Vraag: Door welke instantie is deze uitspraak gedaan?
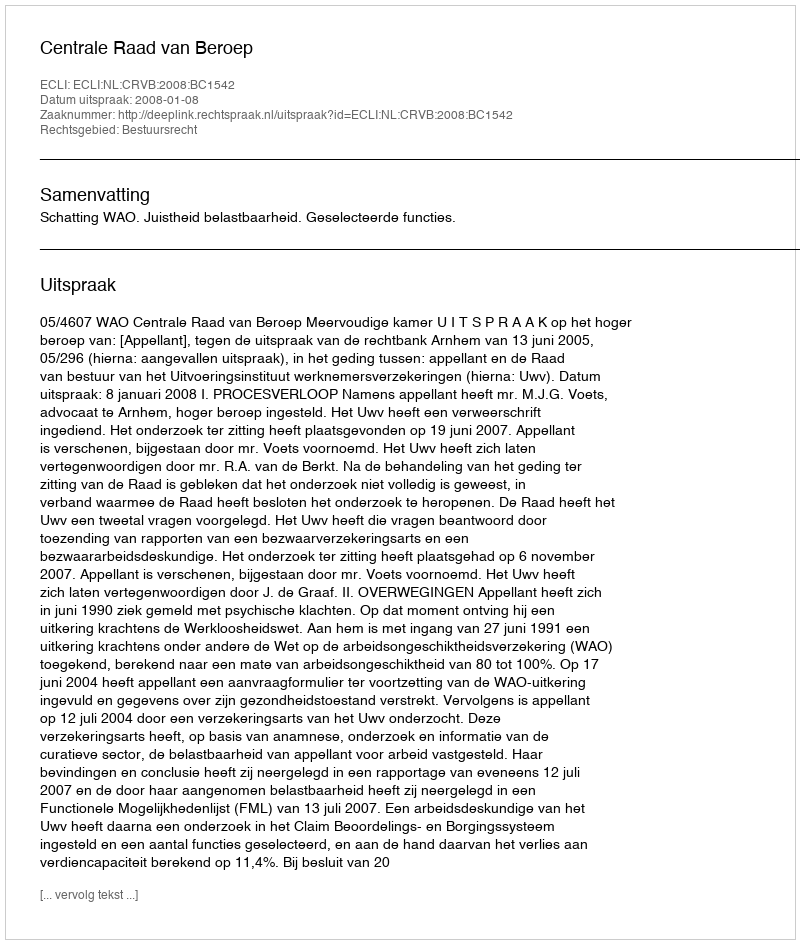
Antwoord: Centrale Raad van Beroep